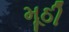
મૂઠી